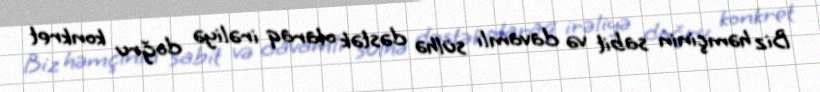
Biz həmçinin sabit və davamlı sülhə dəstək olaraq irəliyə doğru konkret